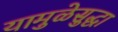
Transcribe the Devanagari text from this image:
यामुळेसुद्धा